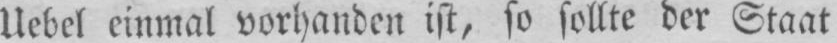
Uebel einmal vorhanden ist, so sollte der Staat